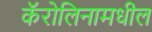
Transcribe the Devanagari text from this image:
कॅरोलिनामधील